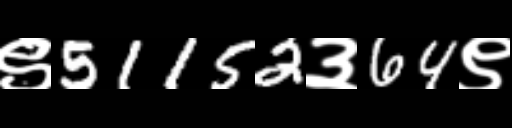
Text: ९51152३64९